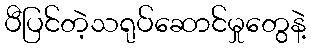
ပီပြင်တဲ့သရုပ်ဆောင်မှုတွေနဲ့